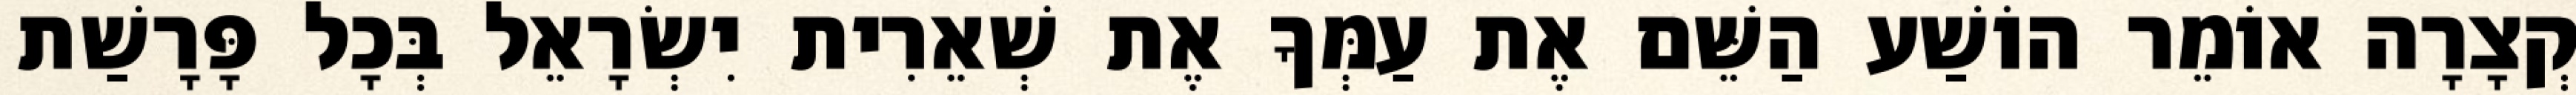
קְצָרָה אוֹמֵר הוֹשַׁע הַשֵּׁם אֶת עַמְּךָ אֶת שְׁאֵרִית יִשְׂרָאֵל בְּכָל פָּרָשַׁת